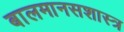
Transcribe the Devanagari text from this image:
बालमानसशास्त्र